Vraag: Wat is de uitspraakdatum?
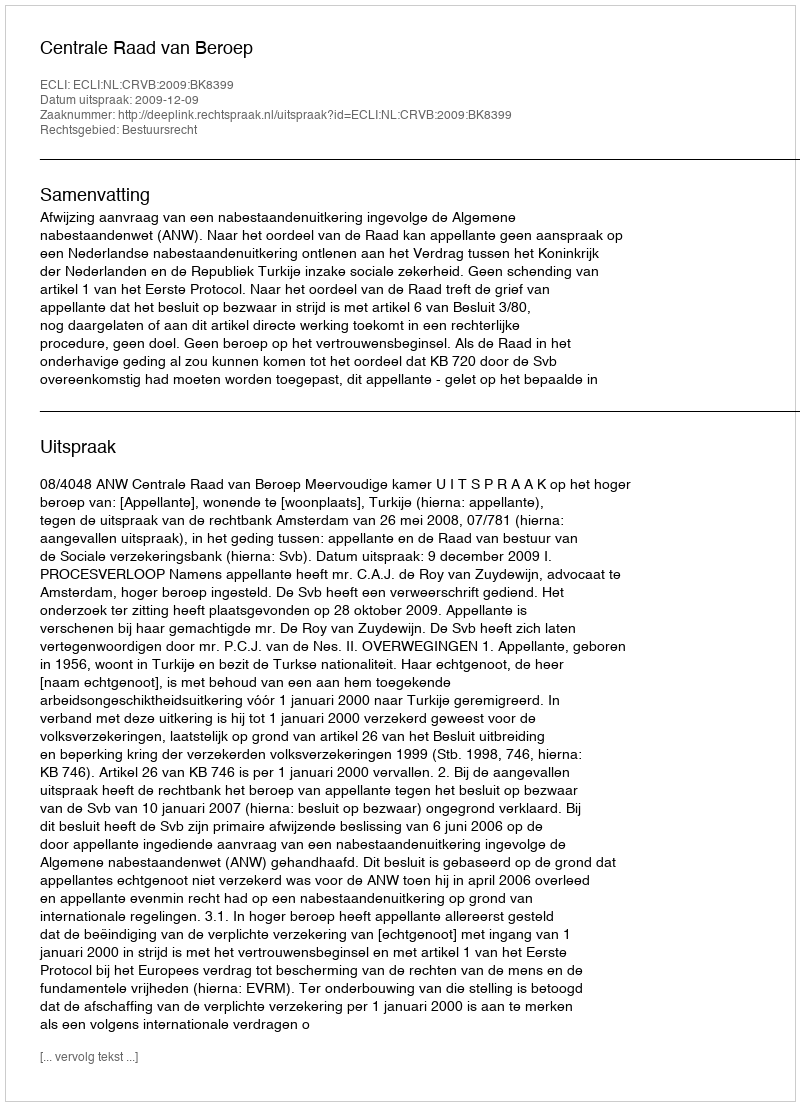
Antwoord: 2009-12-09